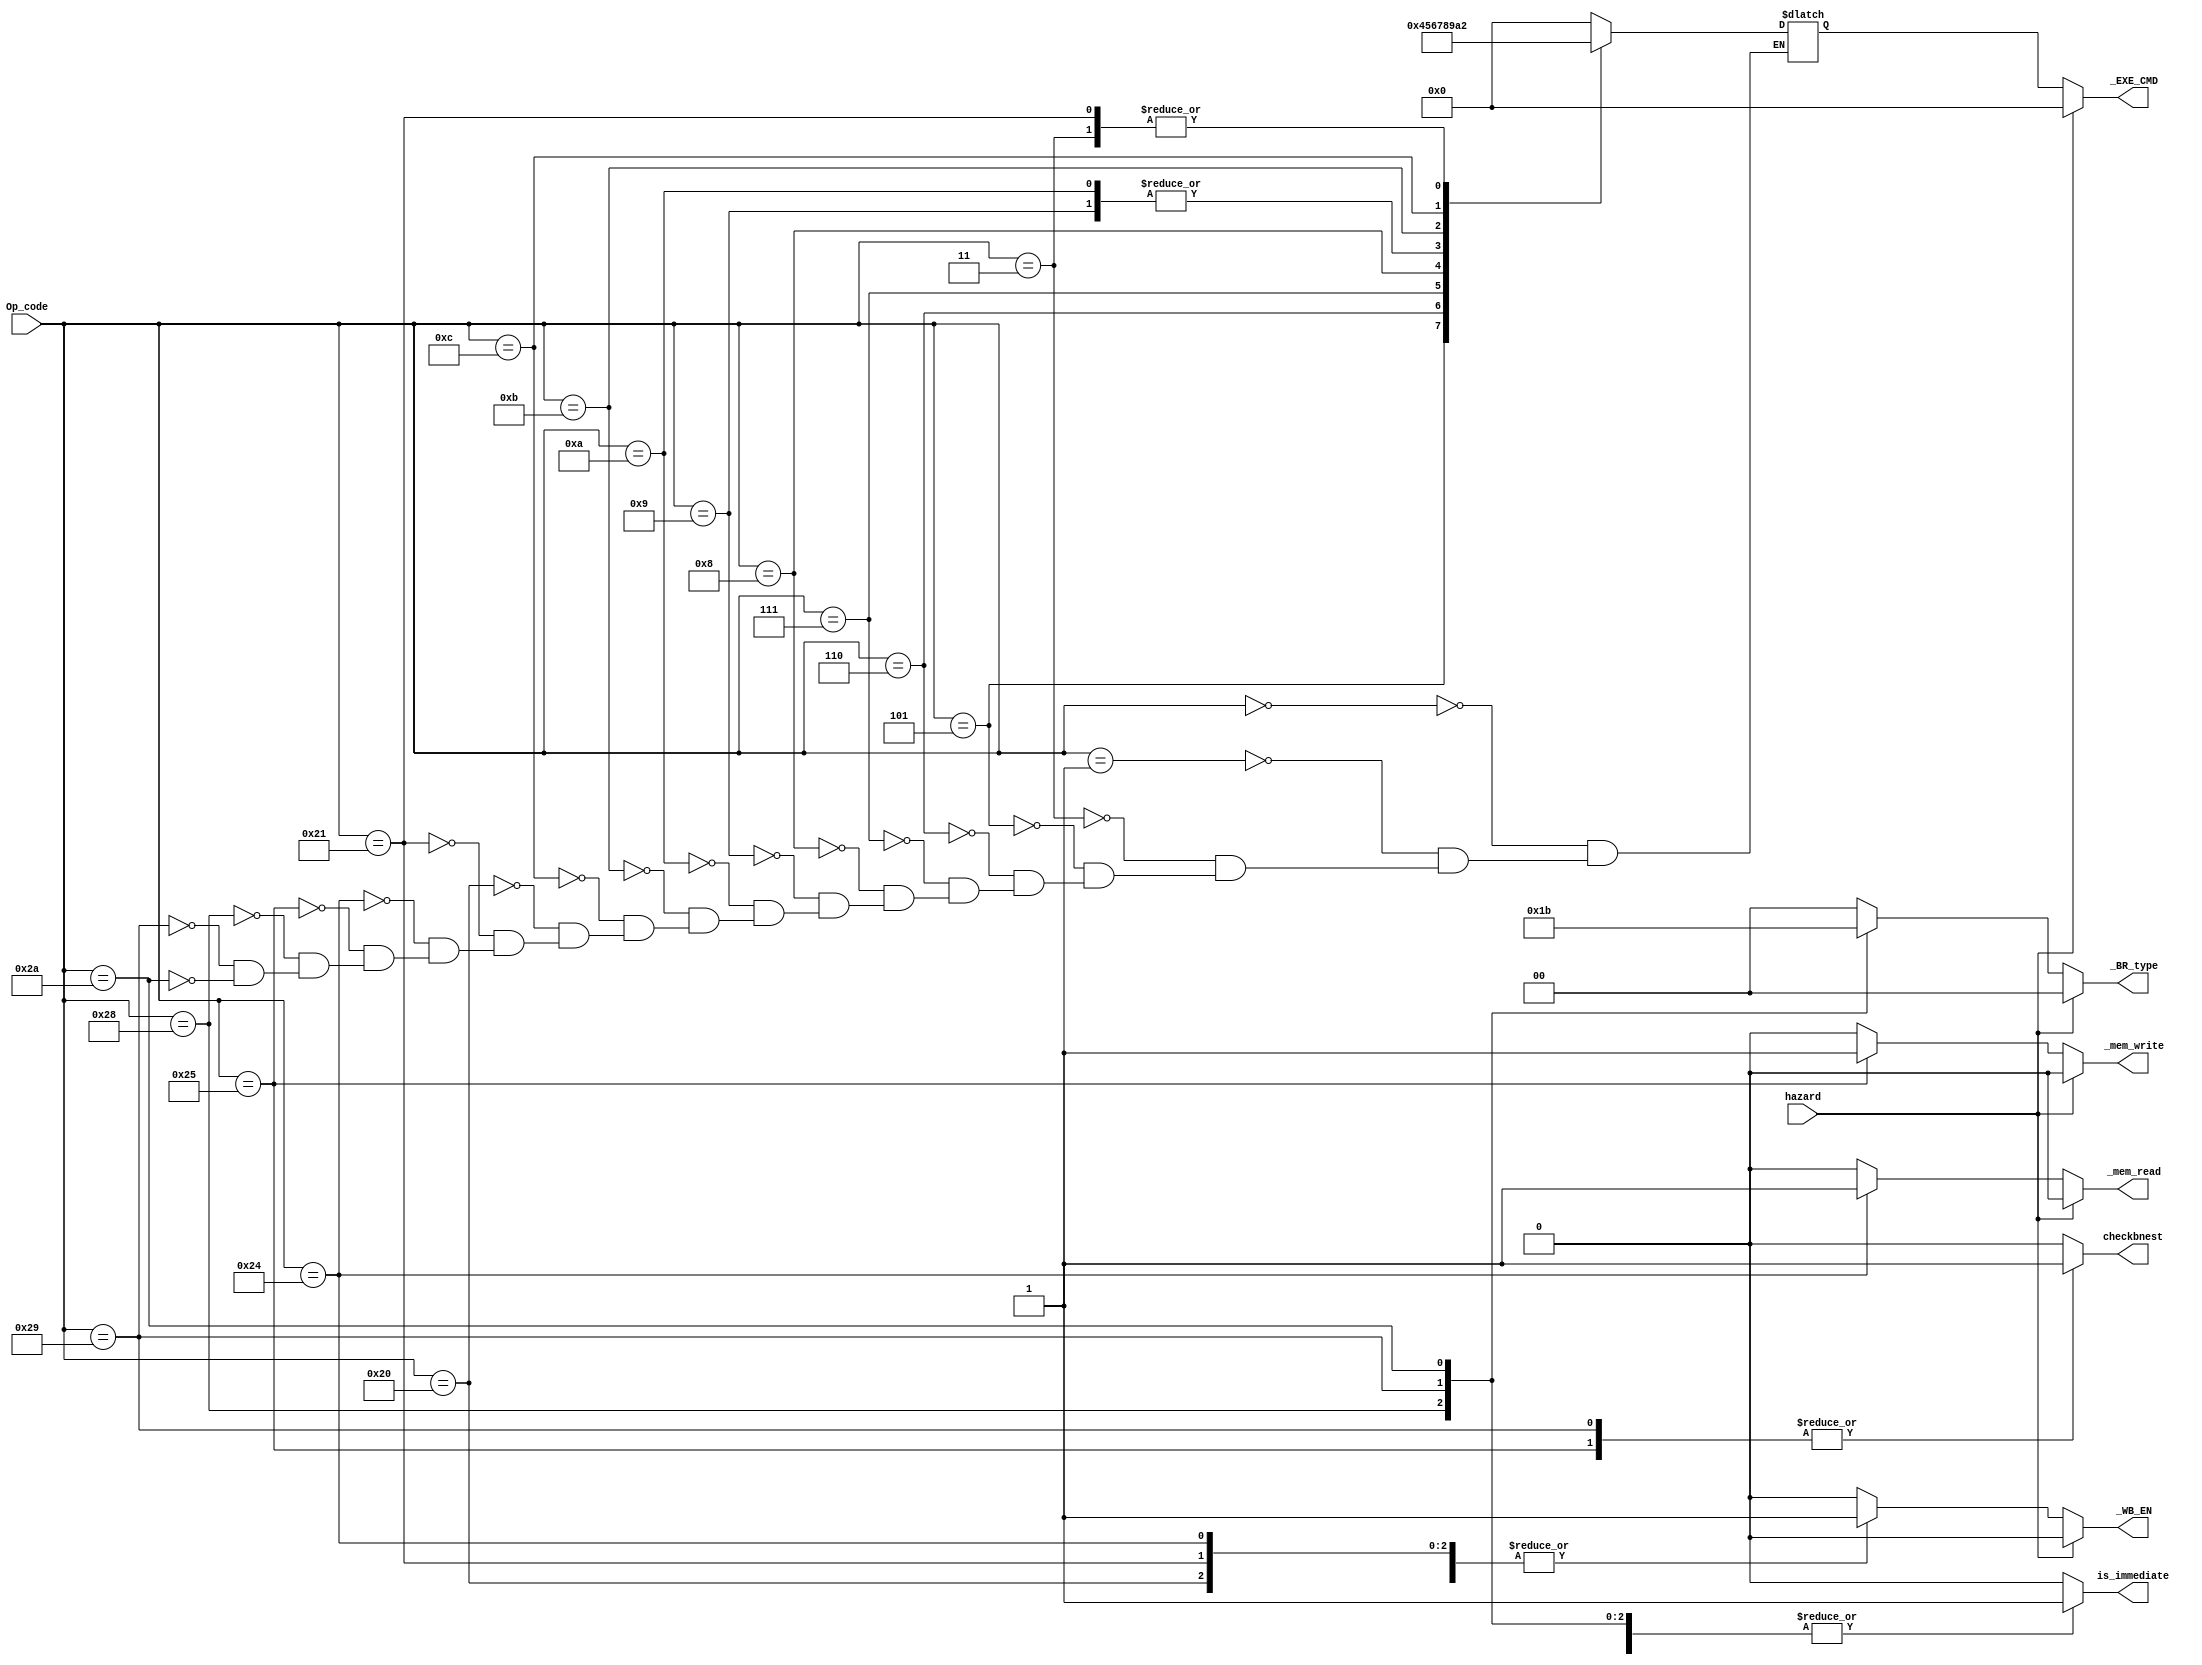

module ControlUnit(input[5:0] Op_code, input hazard,output reg[3:0] _EXE_CMD,
                   output reg _mem_read,_mem_write,_WB_EN,is_immediate, checkbnest,
                   output reg[1:0] _BR_type);
  reg mem_read, mem_write, WB_EN;
  reg [1:0]BR_type;
  reg [3:0]EXE_CMD;
  always@(Op_code)begin
    WB_EN=0;is_immediate=0;
    mem_read=0;mem_write=0;checkbnest=0;
    BR_type=0;
    case(Op_code)
      0:begin EXE_CMD=4'bxxxx; end 
      1:begin EXE_CMD=4'b0; WB_EN=1'b1;end
      3:begin EXE_CMD=4'b0010;WB_EN=1'b1;end
      5:begin EXE_CMD=4'b0100;WB_EN=1'b1;end
      6:begin EXE_CMD=4'b0101;WB_EN=1'b1;end
      7:begin EXE_CMD=4'b0110;WB_EN=1'b1;end
      8:begin EXE_CMD=4'b0111;WB_EN=1'b1;end
      9:begin EXE_CMD=4'b1000;WB_EN=1'b1;end
      10:begin EXE_CMD=4'b1000;WB_EN=1'b1;end
      11:begin EXE_CMD=4'b1001;WB_EN=1'b1;end
      12:begin EXE_CMD=4'b1010;WB_EN=1'b1;end
      32:begin EXE_CMD=4'b0000;WB_EN=1'b1; is_immediate=1'b1;end
      33:begin EXE_CMD=4'b0010;WB_EN=1'b1; is_immediate=1'b1;end
      36:begin EXE_CMD=4'b0000;WB_EN=1'b1; mem_read=1'b1;is_immediate=1'b1;end
      37:begin EXE_CMD=4'b0000; mem_write=1'b1; is_immediate=1'b1;checkbnest=1; end
      40:begin EXE_CMD=4'bxxxx; BR_type=2'b01;is_immediate=1'b1;end
      41:begin EXE_CMD=4'bxxxx; BR_type=2'b10;is_immediate=1'b1;checkbnest=1;$display("dds");end
      42:begin EXE_CMD=4'bxxxx; BR_type=2'b11;is_immediate=1'b1;end
    endcase
    $display("%b op_code %b hazard", Op_code, hazard);
    
  end
  always@*begin
    if(hazard==1)begin
        _mem_read=0; _mem_write=0; _WB_EN=0;
        _BR_type=0;_EXE_CMD=0;
    end      
    else begin
        _mem_read=mem_read;_mem_write= mem_write;_WB_EN= WB_EN;
        _BR_type=BR_type;_EXE_CMD=EXE_CMD;
    end
    end
endmodule